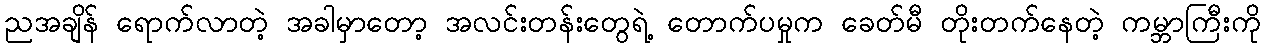
ညအချိန် ရောက်လာတဲ့ အခါမှာတော့ အလင်းတန်းတွေရဲ့ တောက်ပမှုက ခေတ်မီ တိုးတက်နေတဲ့ ကမ္ဘာကြီးကို